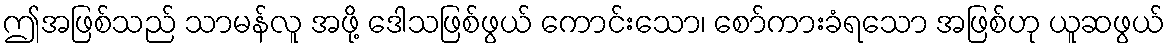
ဤအဖြစ်သည် သာမန်လူ အဖို့ ဒေါသဖြစ်ဖွယ် ကောင်းသော၊ စော်ကားခံရသော အဖြစ်ဟု ယူဆဖွယ်